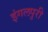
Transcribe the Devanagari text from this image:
इंगलपुरी